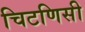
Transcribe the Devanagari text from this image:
चिटणिसी